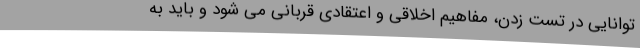
توانایی در تست زدن، مفاهیم اخلاقی و اعتقادی قربانی می شود و باید به